EAOK_Sinod, lk 127
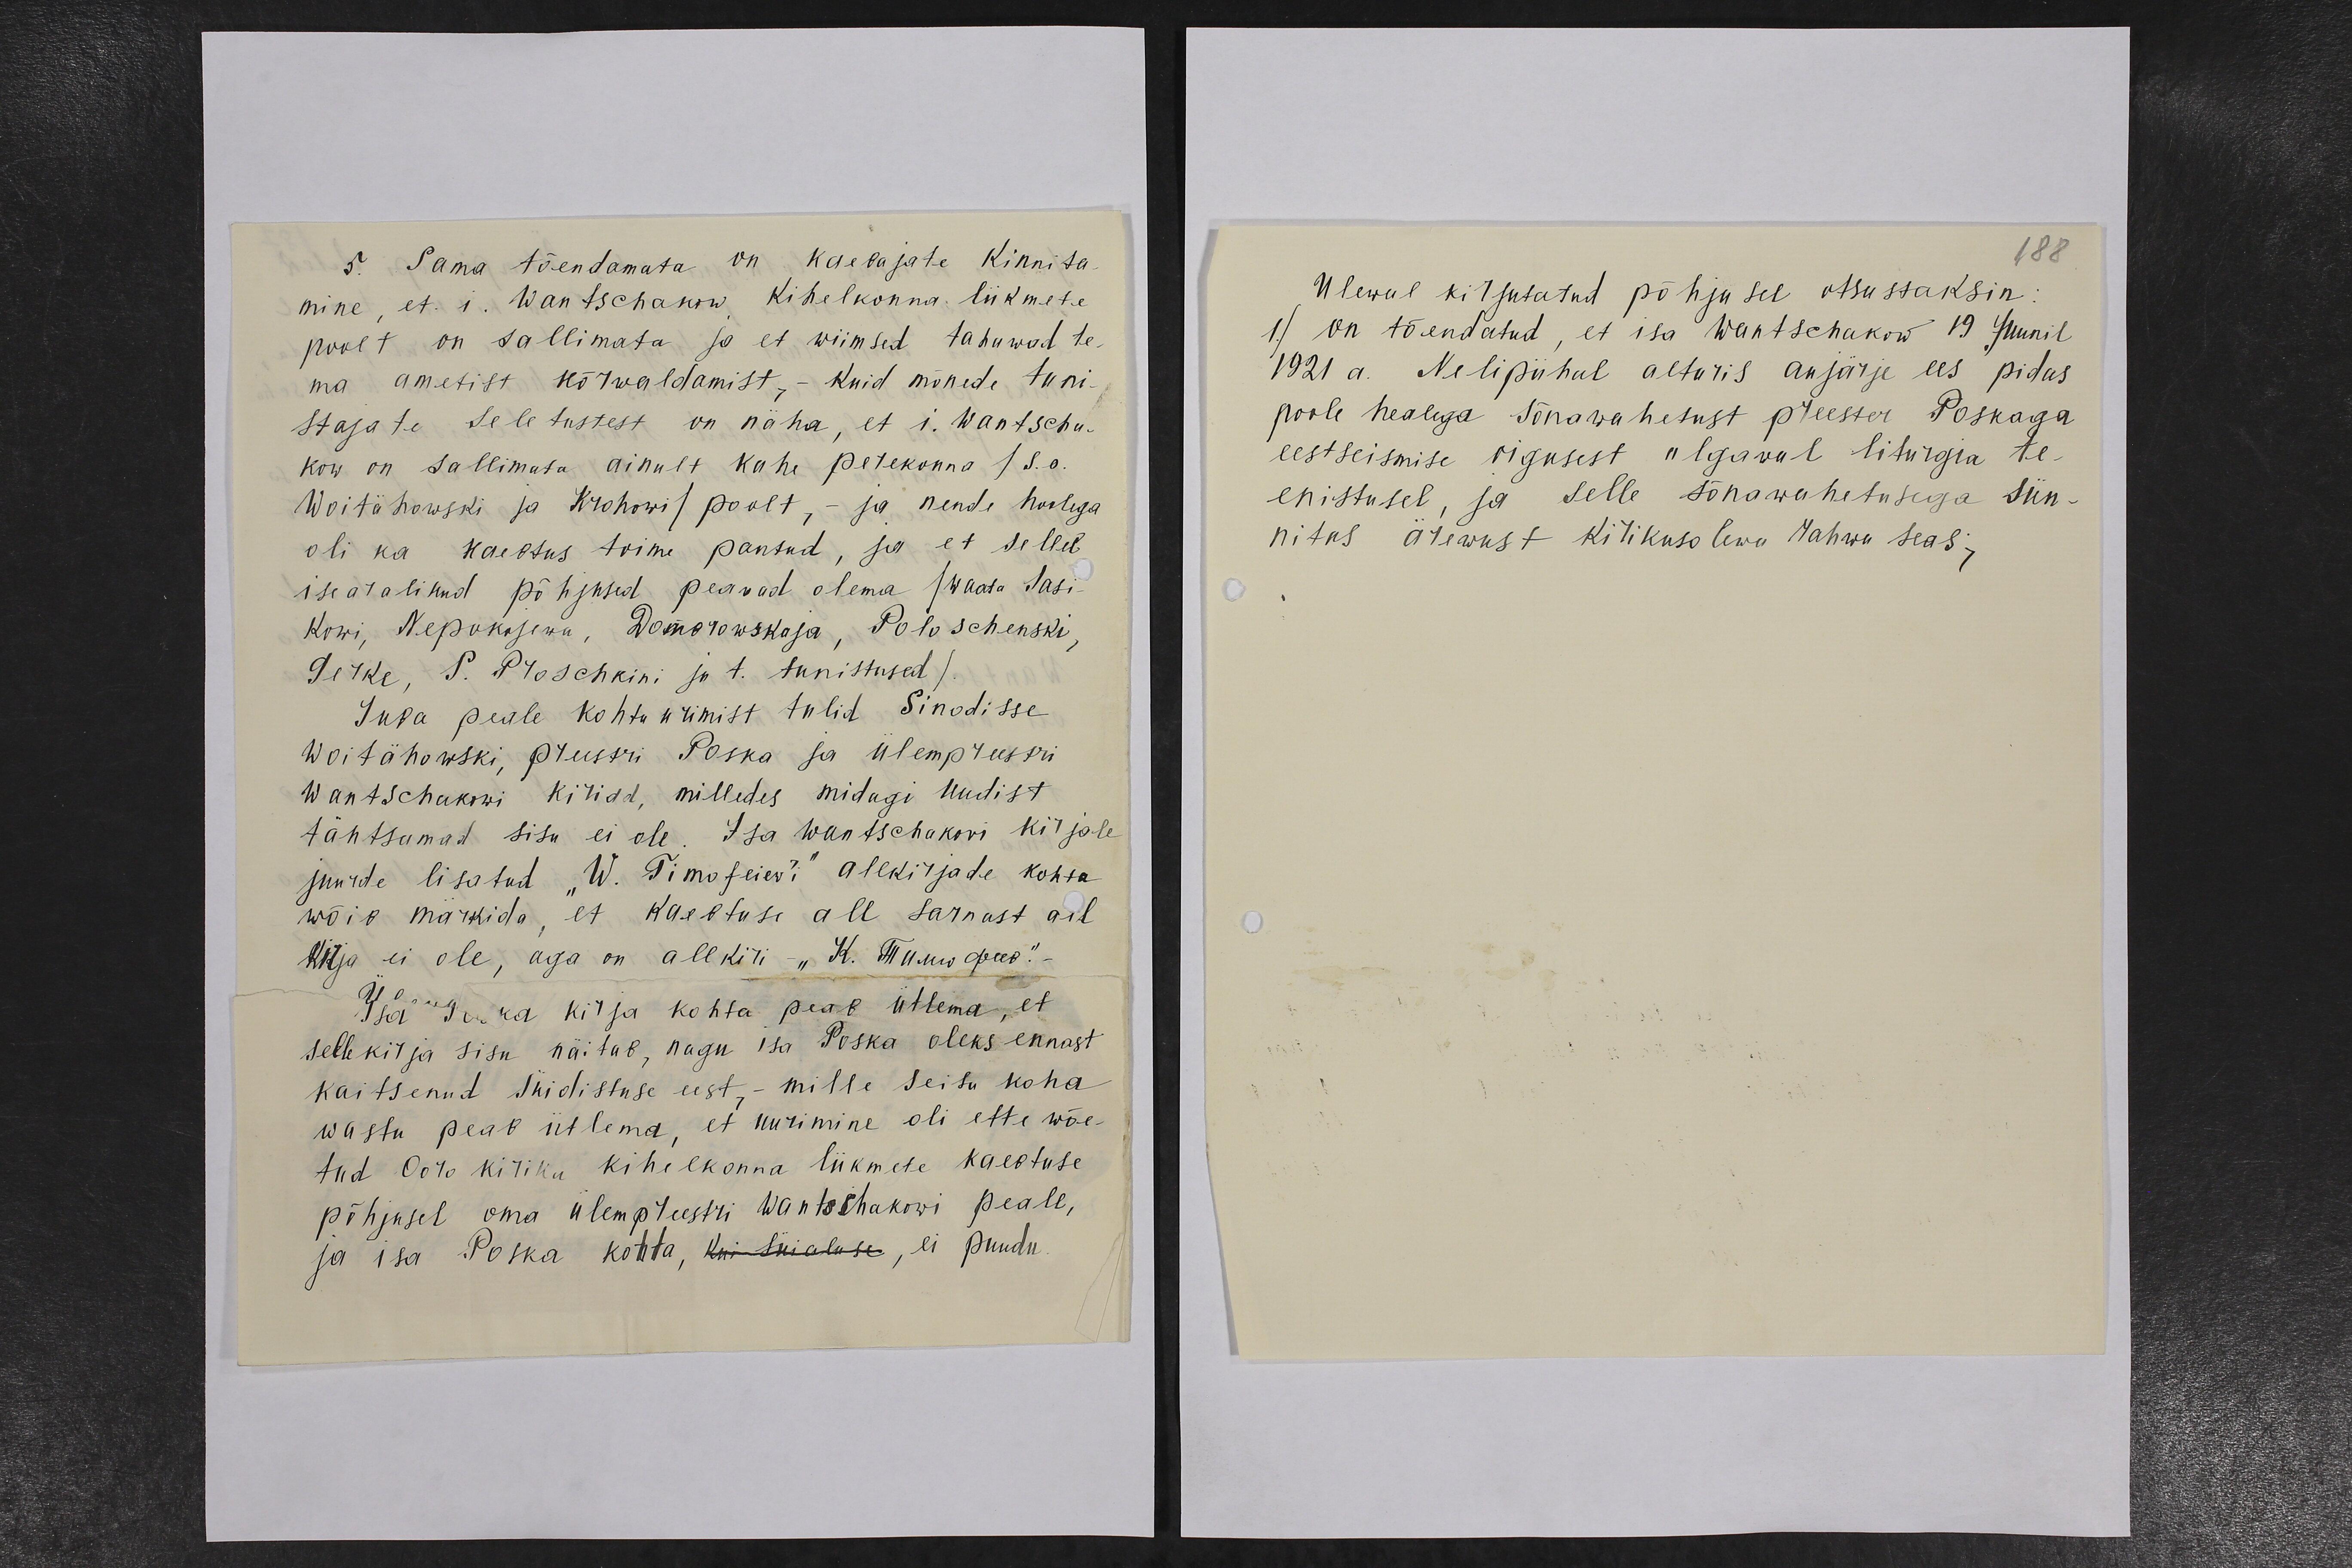
5. Sama tõendamata on kaebajate kinnita-
mine, et. i. Wantschakow kihelkonna liikmete
poolt on sallimata ja et wiimsed tahawad te-
ma ametist kõrwaldamist, - kuid mõnede tuni-
stajate seletustest on näha, et i. Wantscha-
kow on sallimata ainult kahe perekonna /S.o.
Woitähowski ja Krohowi / poolt, - ja nende hoolega
oli ka kaebtus toime pantud, ja et sellel
isearalikud põhjused peavad olema /waata Sasi-
Kowi, Nepokajewa, Domorowskaja, Poloschenski,
Terke, S. Proschkini ja t. tunistused/.
Juba peale kohtu wiimist tulid Sinodisse
Woitähowski, preestri Poska ja ülempreestri
Wantschakowi kiriad, milledes midagi uudist
tähtsamad sisu ei ole. Isa Wantschakowi kirjale
juurde lisatud „W. Timofeiew`i“ allkirjade kohta
wõib märkida, et kaebtuse all sarnast all-
kirja ei ole, aga on allkiri - "K. Тимофеев".-
Isa Poska kirja kohta peab ütlema, et
selle kirja sisu näitab, nagu isa Poska oleks ennast
kaitsenud süidistuse eest,- mille seisu koha
wastu peab ütlema, et uurimine oli ette wõe-
tud Ooro kiriku kihelkonna liikmete kaebtuse
põhjusel oma ülempreestri Wantschakowi peale,
ja isa Poska kohta, kui süialuse, ei puudu.

188
Ülewal kirjutatud põhjusel otsustaksin:
1.) On tõendatud, et isa Wantschakow 19 Juunil
1921 a. Nelipühal altaris aujärje ees pidas
poole healega sõnawahetust preester Poskaga
eestseismise oigusest algawal liturgia te-
enistusel, ja selle sõnawahetusega sün-
nitas ärewust kirikusolewa rahwa seas;